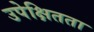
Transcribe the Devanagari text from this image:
उपेक्षितता